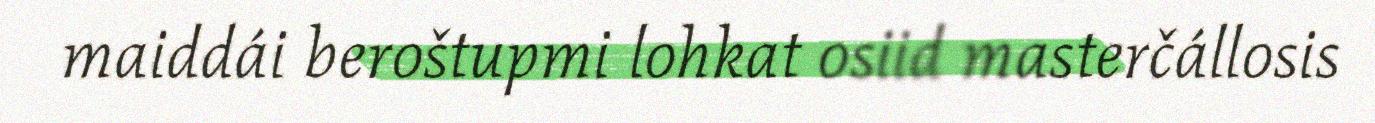
maiddái beroštupmi lohkat osiid masterčállosis